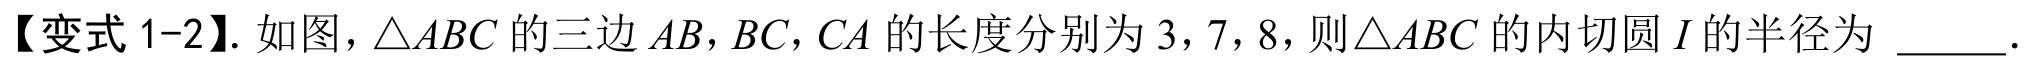
【变式 1-2】. 如图，\(\triangle ABC\)的三边\(AB\)，\(BC\)，\(CA\)的长度分别为 3，7，8，则\(\triangle ABC\)的内切圆\(I\)的半径为 \_\_\_\_ .